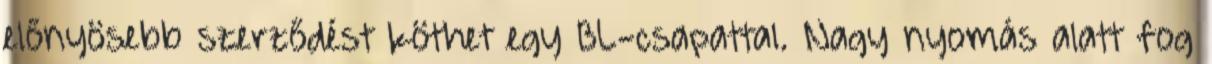
előnyösebb szerződést köthet egy BL-csapattal. Nagy nyomás alatt fog